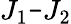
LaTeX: {{J}_{1}}\texttt{-}{{J}_{2}}